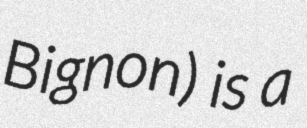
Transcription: Bignon) is a